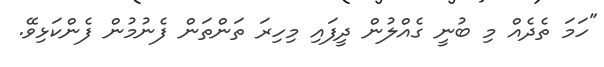
"ހަމަ ތެދެއް މި ބުނީ ގެއްލުން ދީފައި މިހިރަ ތަންތަން ފެނުމުން ފެންކަޅިވޭ.